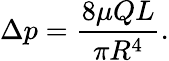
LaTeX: \Delta p={\frac{8\mu QL}{\pi R^{4}}}.